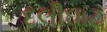
દલીઘાટ